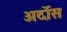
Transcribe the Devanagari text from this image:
अर्दोस